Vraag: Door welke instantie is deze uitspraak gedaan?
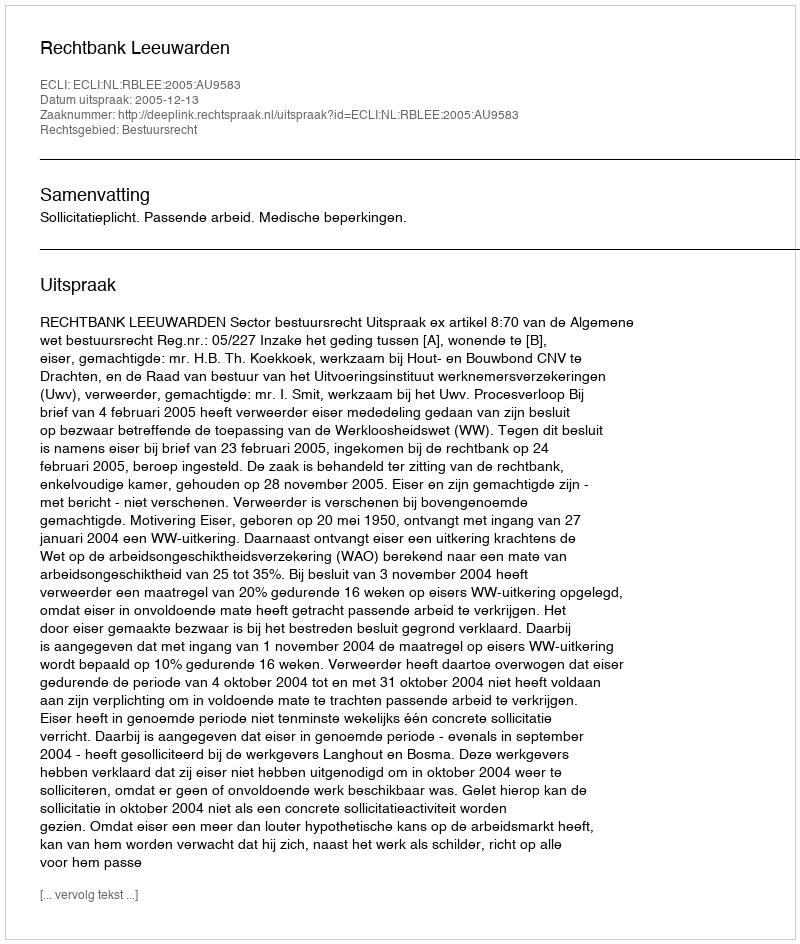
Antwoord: Rechtbank Leeuwarden